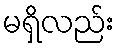
မရှိလည်း